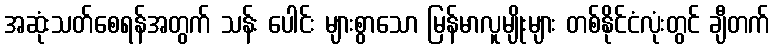
အဆုံးသတ်စေရန်အတွက် သန်း ပေါင်း များစွာသော မြန်မာလူမျိုးများ တစ်နိုင်ငံလုံးတွင် ချီတက်